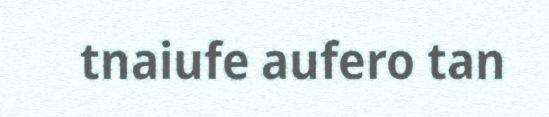
tnaiufe aufero tan